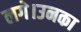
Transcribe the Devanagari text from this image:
लगे।उनका